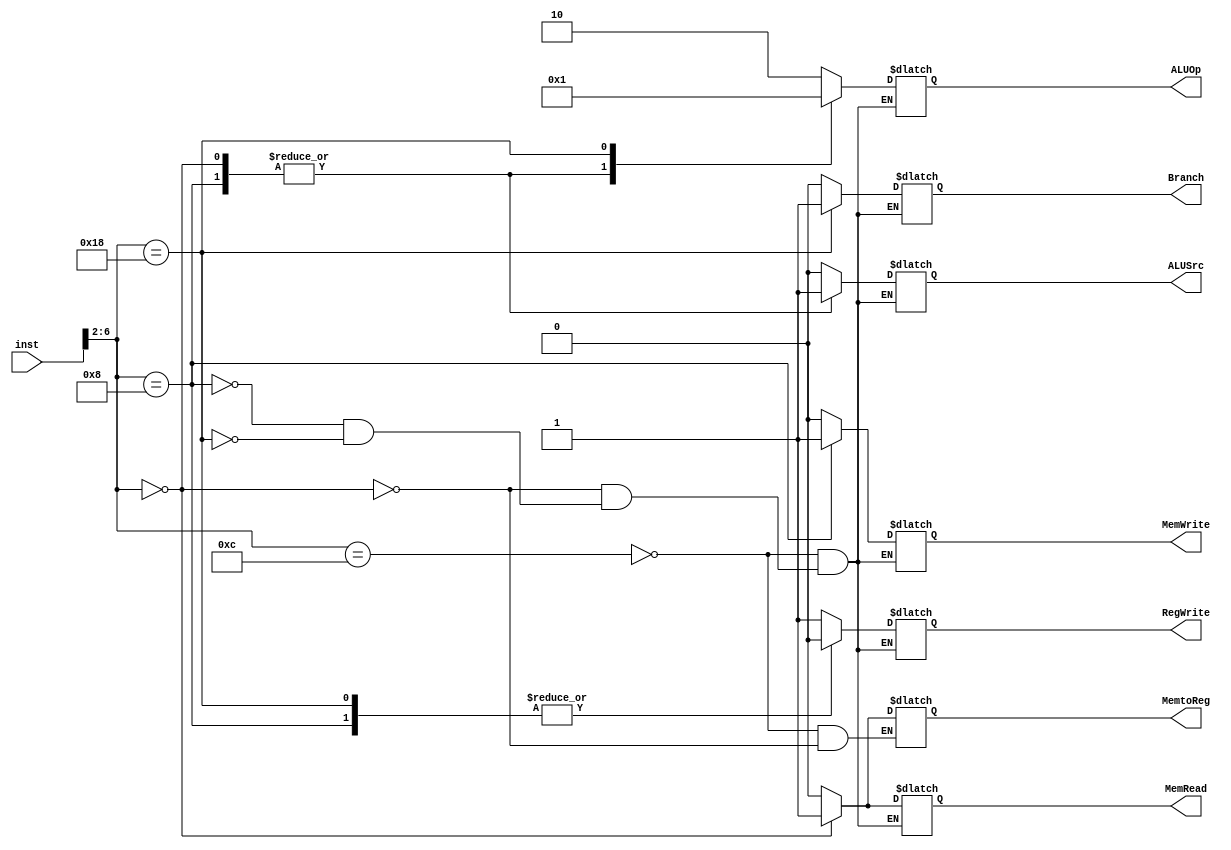


module ControlUnit #(parameter N=32)(input [N-1:0] inst, output reg Branch, MemRead, MemtoReg, MemWrite, ALUSrc, RegWrite, output reg [1:0] ALUOp );

always @(*)begin
case(inst[6:2])
5'b01100: begin
 Branch <= 0;
 MemRead <= 0; 
 MemtoReg <= 0;
 MemWrite <= 0;
 ALUSrc <= 0;
 RegWrite <= 1;
 ALUOp <= 2'b10;
end

5'b00000: begin
Branch <= 0;
MemRead <= 1; 
MemtoReg <= 1;
MemWrite <= 0;
ALUSrc <= 1;
RegWrite <= 1;
ALUOp <= 2'b00;

end

5'b01000: begin
 Branch <= 0;
MemRead <= 0; 
MemWrite <= 1;
ALUSrc <= 1;
RegWrite <= 0;
ALUOp <= 2'b00;

end

5'b11000: begin
Branch <= 1;
MemRead <= 0; 
MemWrite <= 0;
ALUSrc <= 0;
RegWrite <= 0;
ALUOp <= 2'b01;

end


endcase
end
endmodule